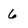
Character: 6